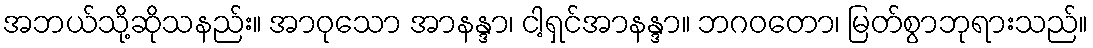
အဘယ်သို့ဆိုသနည်း။ အာဝုသော အာနန္ဒာ၊ ငါ့ရှင်အာနန္ဒာ။ ဘဂဝတော၊ မြတ်စွာဘုရားသည်။